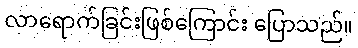
လာရောက်ခြင်းဖြစ်ကြောင်း ပြောသည်။